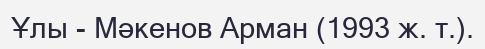
Ұлы - Мәкенов Арман (1993 ж. т.).